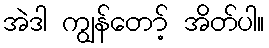
အဲဒါ ကျွန်တော့် အိတ်ပါ။